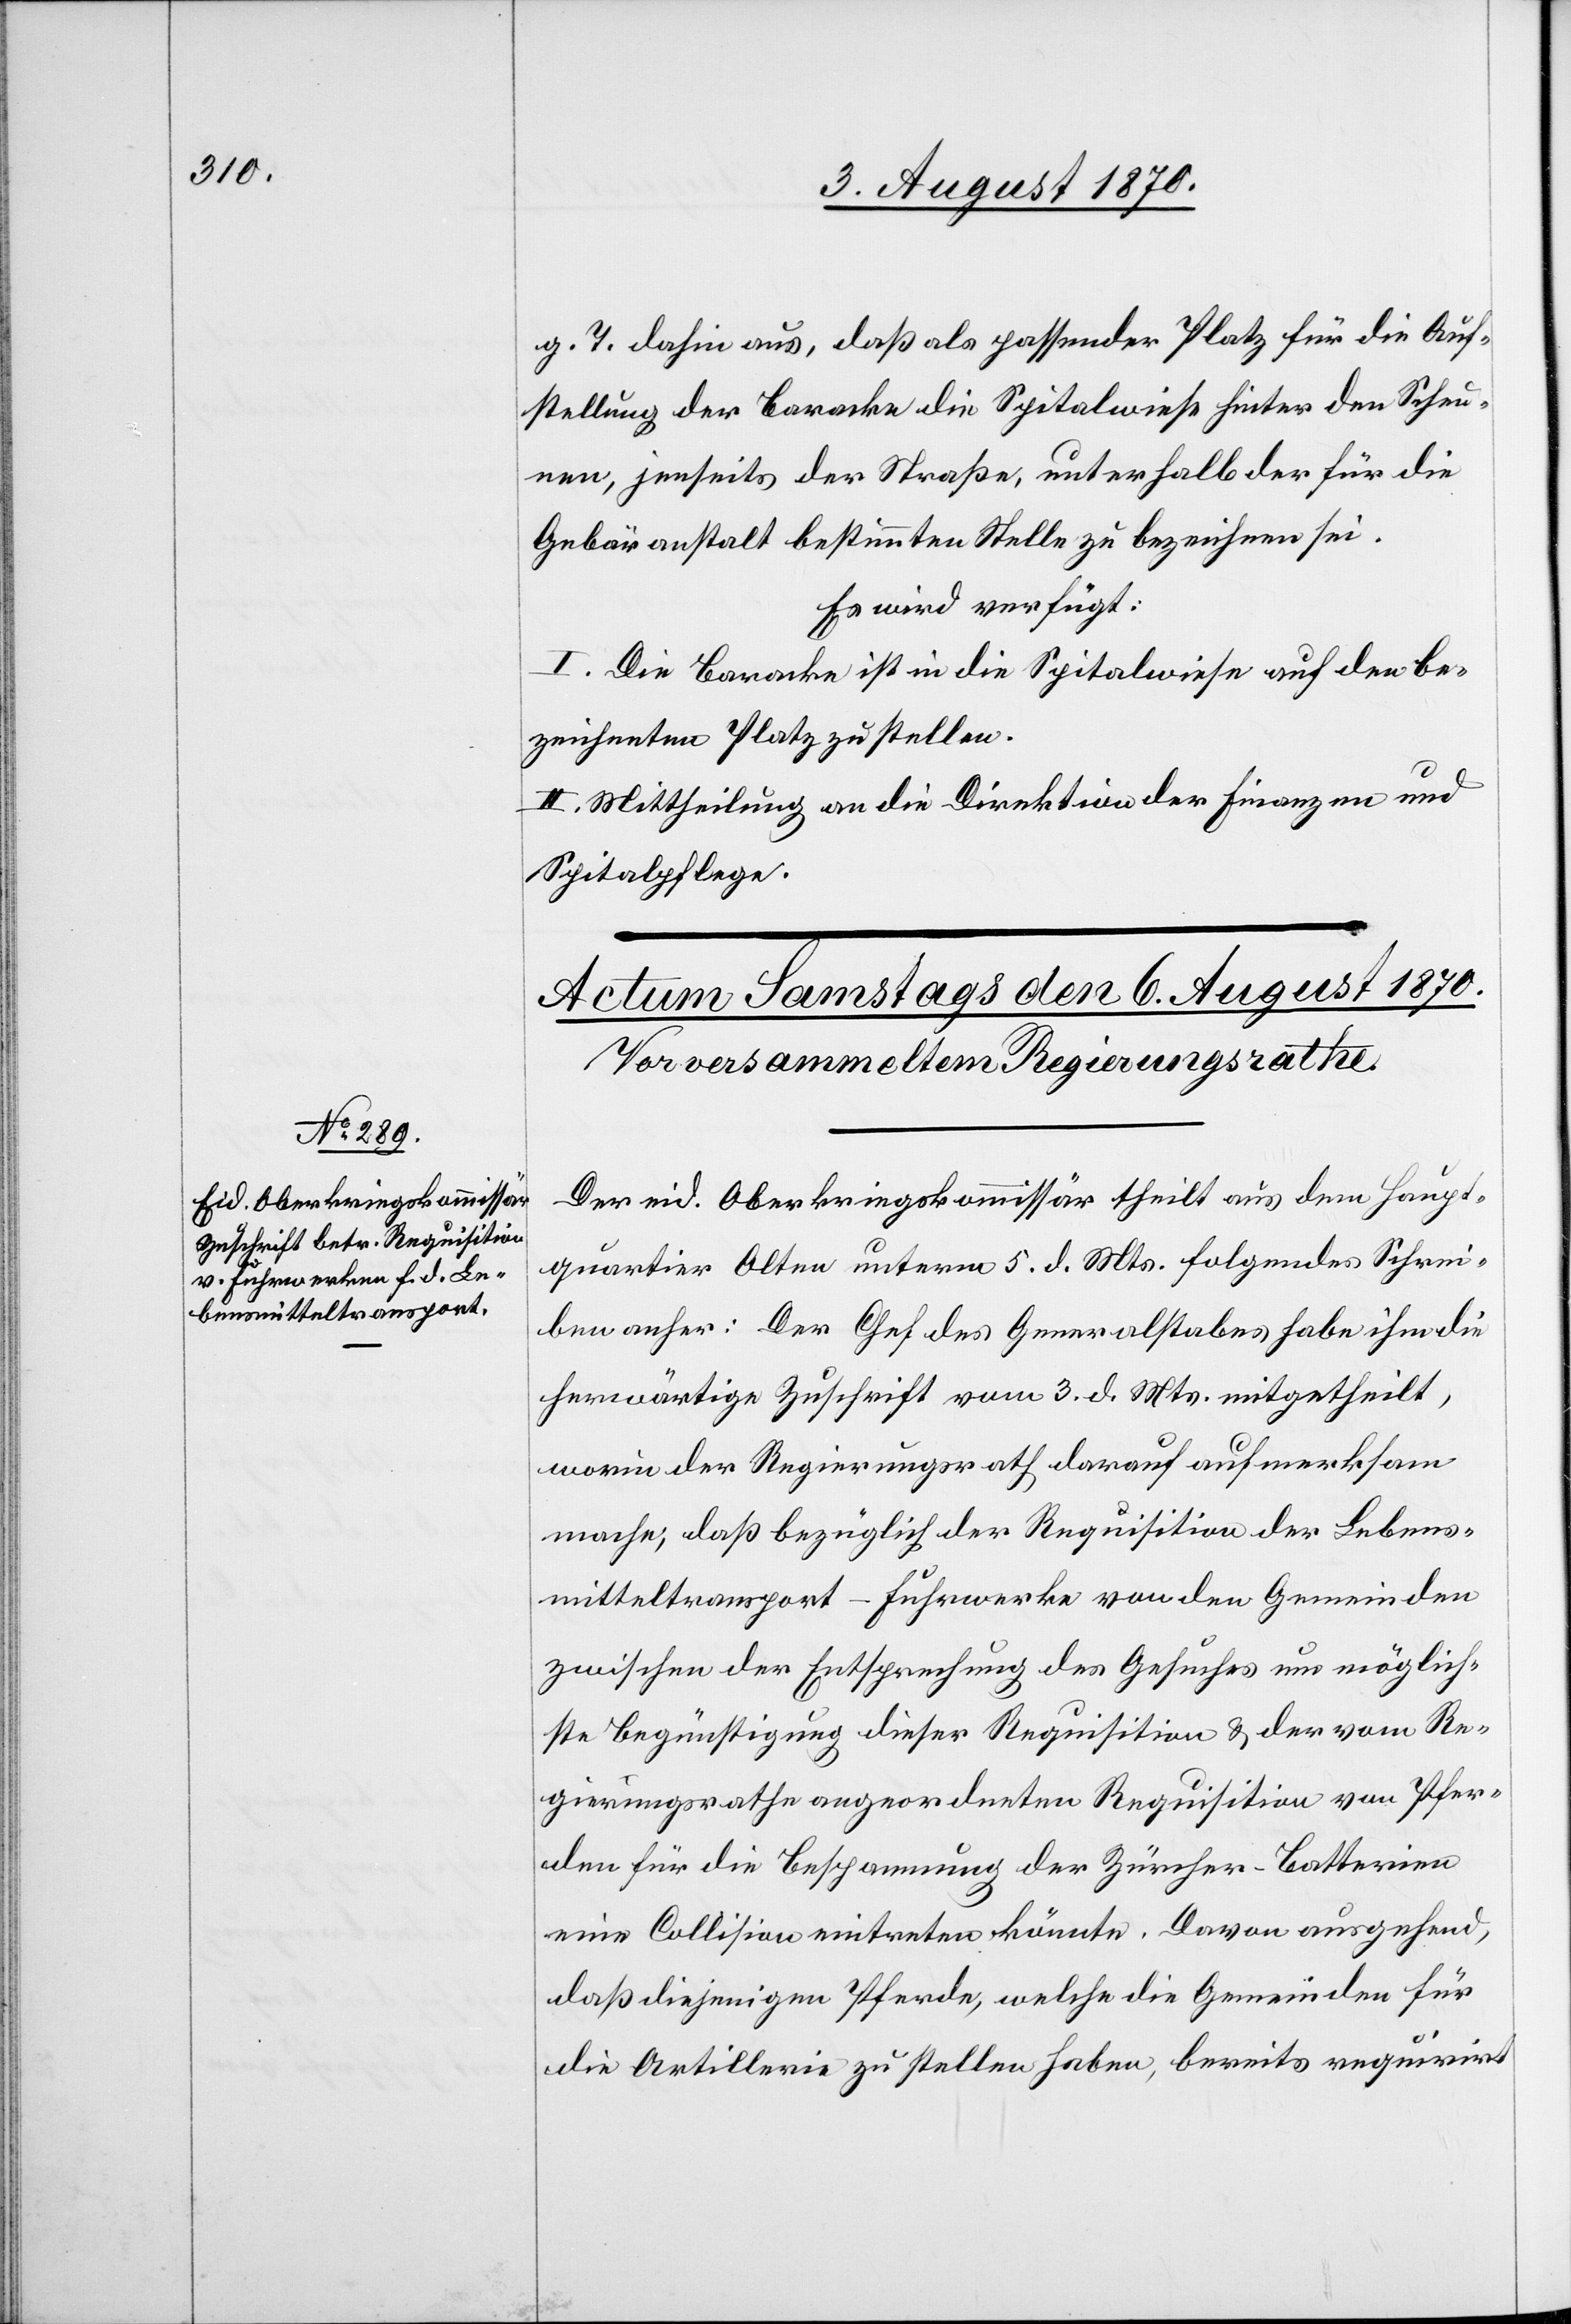
g. T. dahin aus, daß als passender Platz für die Auf¬
stellung der Baracke die Spitalwieß hinter den Scheu¬
nen, jenseits der Straße, unterhalb der für die
Gebäranstalt bestimmten Stelle zu bezeichnen sei.
Es wird verfügt:
I. Die Baracke ist in die Spitalwiese auf den be¬
zeichneten Platz zu stellen.
II. Mittheilung an die Direktion der Finanzen und
Spitalpflege.
Der eid. Oberkriegskommissär theilt aus dem Haupt¬
quartier Olten unterm 5. d. Mts. folgendes Schrei¬
ben anher: Der Chef des Generalstabes habe ihm die
herwärtige Zuschrift vom 3. d. Mts. mitgetheilt,
worin der Regierungsrath darauf aufmerksam
mache, daß bezüglich der Requisition der Lebens¬
mitteltransport-Fuhrwerke von den Gemeinden
zwischen der Entsprechung des Gesuches um möglich¬
ste Begünstigung dieser Requisition & der vom Re¬
gierungsrathe angeordneten Requisition von Pfer¬
den für die Bespannung der Züricher-Batterien
eine Collision eintreten könnte. Davon ausgehen,
daß diejenigen Pferde, welche die Gemeinden für
die Artillerie zu stellen haben, bereits requirirt